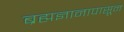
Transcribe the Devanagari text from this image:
ब्रह्मज्ञानापासून